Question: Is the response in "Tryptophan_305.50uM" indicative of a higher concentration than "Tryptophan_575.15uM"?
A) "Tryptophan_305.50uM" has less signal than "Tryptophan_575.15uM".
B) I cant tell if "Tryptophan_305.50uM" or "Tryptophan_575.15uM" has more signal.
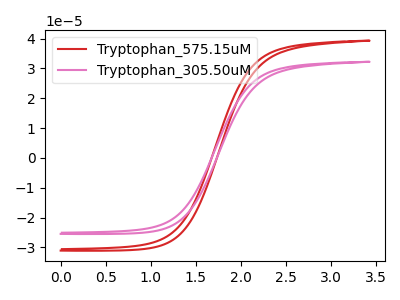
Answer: <think>The red curve "Tryptophan_575.15uM" has no peaks. The pink curve "Tryptophan_305.50uM" has no peaks.
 Neither "Tryptophan_305.50uM" or "Tryptophan_575.15uM" have any peaks.</think>
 <answer>B) I cant tell if "Tryptophan_305.50uM" or "Tryptophan_575.15uM" has more signal.</answer>
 <eval>B</eval>